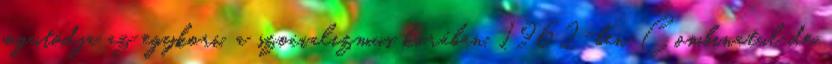
jogutódja az egykori, a szocializmus korában, 1962-ben Combinatul de